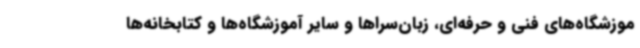
موزشگاه‌های فنی و حرفه‌ای، زبان‌سراها و سایر آموزشگاه‌ها و کتابخانه‌ها